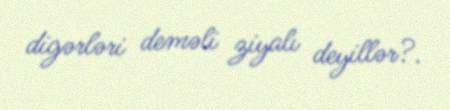
digərləri deməli ziyalı deyillər?.